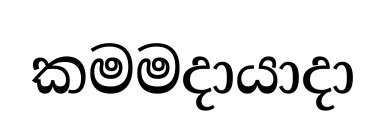
කමමදායාදා